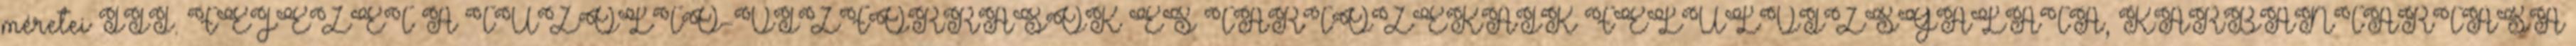
méretei III. FEJEZET A TÛZOLTÓ-VÍZFORRÁSOK ÉS TARTOZÉKAIK FELÜLVIZSGÁLATA, KARBANTARTÁSA